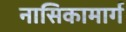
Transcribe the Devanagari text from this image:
नासिकामार्ग